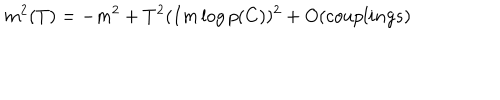
m ^ { 2 } ( T ) = - m ^ { 2 } + T ^ { 2 } ( I m \log p ( C ) ) ^ { 2 } + O ( c o u p l i n g s )